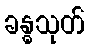
ခန္ဓသုတ်